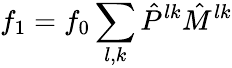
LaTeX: f_{1}=f_{0}\sum_{l,k}\hat{P}^{lk}\hat{M}^{lk}